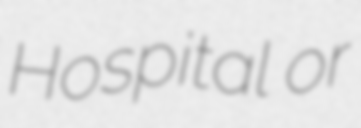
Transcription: Hospital or